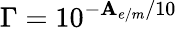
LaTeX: \Gamma=10^{-\mathbf{A}_{e/m}/10}